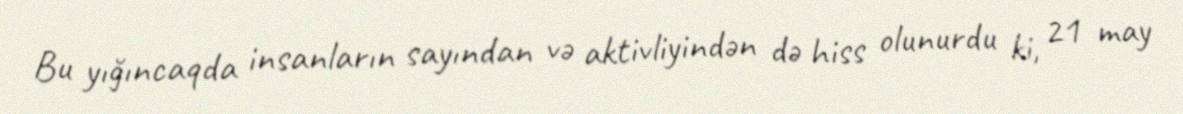
Bu yığıncaqda insanların sayından və aktivliyindən də hiss olunurdu ki, 21 may